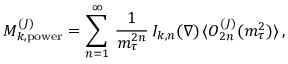
{ \cal M } _ { k , \mathrm { p o w e r } } ^ { ( J ) } = \sum _ { n = 1 } ^ { \infty } \, { \frac { 1 } { m _ { \tau } ^ { 2 n } } } \, I _ { k , n } ( \nabla ) \, \langle O _ { 2 n } ^ { ( J ) } ( m _ { \tau } ^ { 2 } ) \rangle \, ,